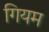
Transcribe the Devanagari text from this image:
गियम